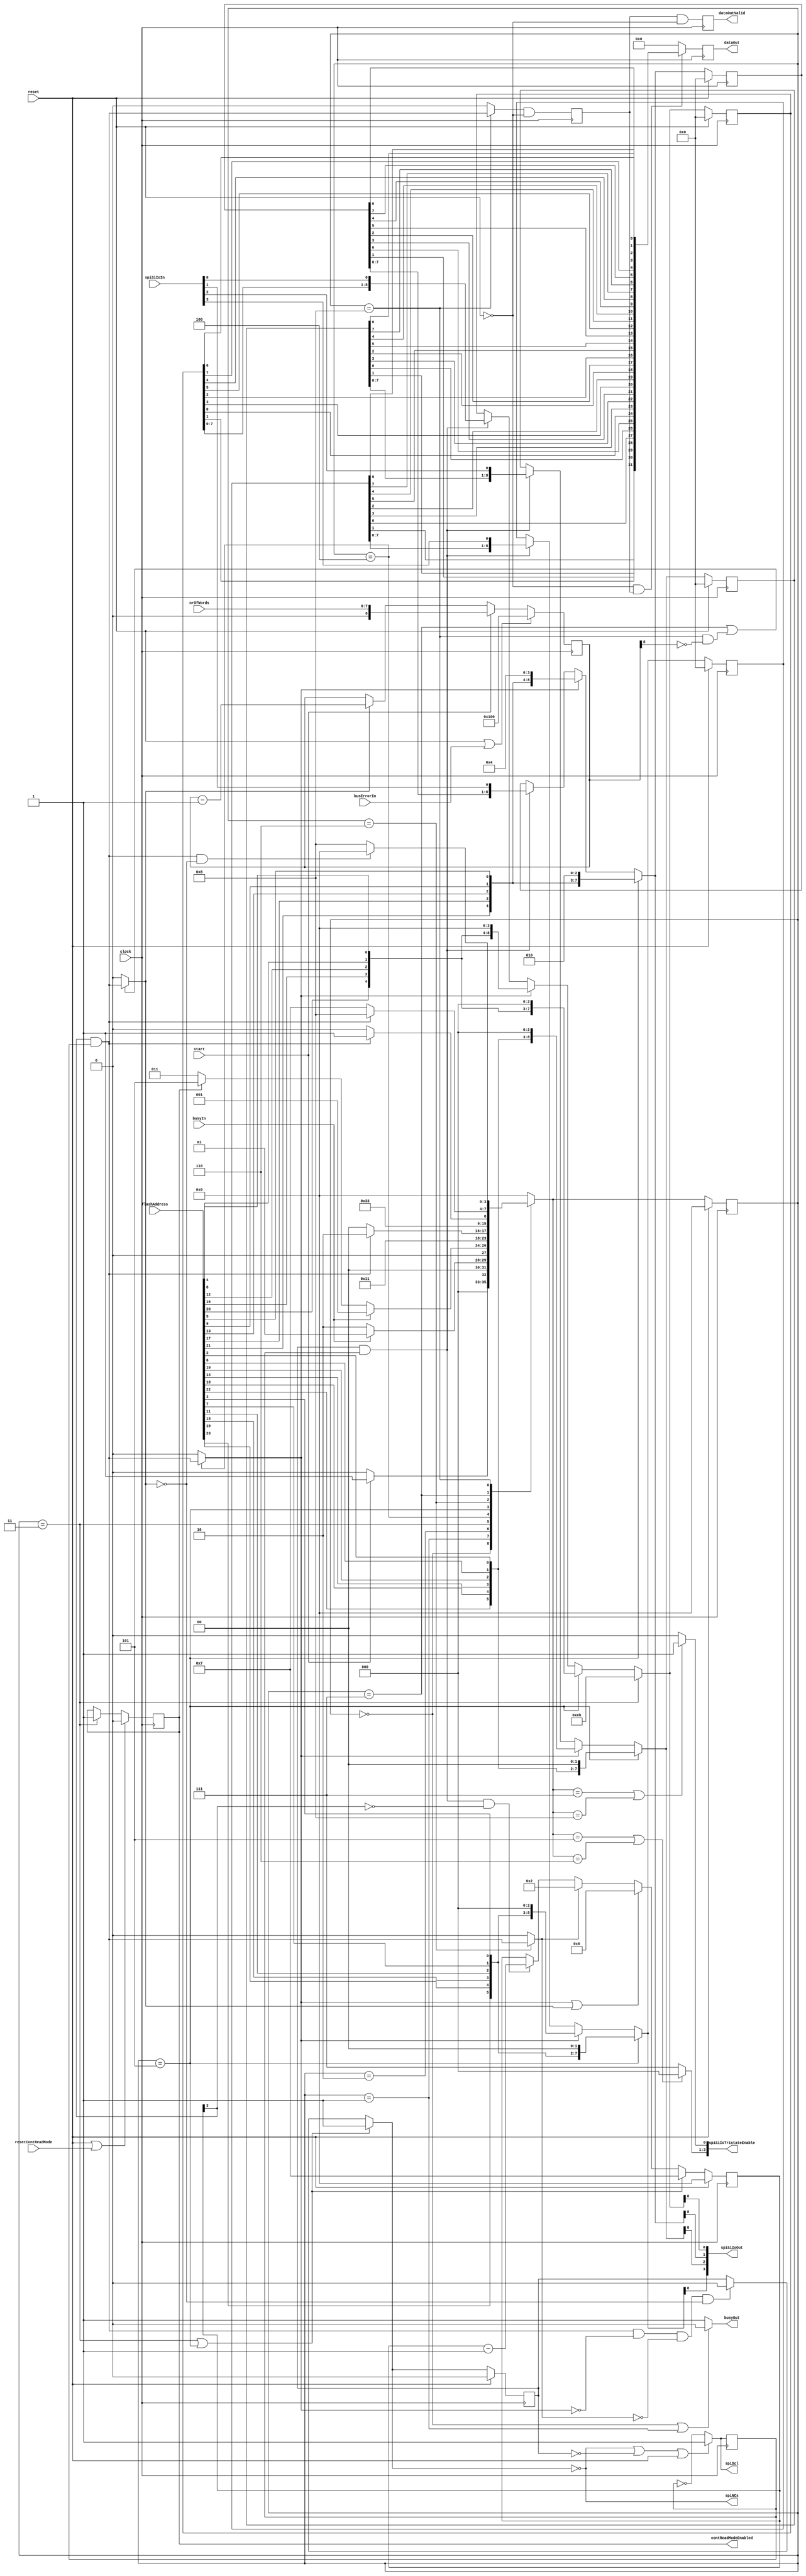
module spiShiftQuad ( input wire         clock,
                                         reset,
                                         resetContReadMode,
                                         start,
                      input wire [23:0]  flashAddress,
                      input wire [7:0]   nrOfWords,
                      output wire        contReadModeEnabled,
                                         dataOutValid,
                      output wire [31:0] dataOut,
                      
                      input wire         busyIn,
                                         busErrorIn,
                      output wire        busyOut,
                      
                      // here the flash-chip interface is defined
                      output wire        spiScl,
                                         spiNCs,
                      input wire [3:0]   spiSiIoIn,
                      output wire [3:0]  spiSiIoOut,
                                         spiSiIoTristateEnable );

  localparam [3:0] IDLE = 4'd0, WAITBUSY = 4'd1, CHECKBUSY = 4'd2, SENDCOMMAND = 4'd3, WAITCOMMAND = 4'd4,
                   INITADDRESS = 4'd5, WAITADDRESS = 4'd6, WAITDUMMY = 4'd7, WAITWORD = 4'd8;
  
  reg [3:0] s_stateReg, s_stateNext;
  
  /*
   *
   * Here the four shift registers are defined (one for each I/O pin)
   *
   */
  reg [8:0] s_shift0Reg, s_shift1Reg, s_shift2Reg, s_shift3Reg;
  reg s_activeReg, s_sclReg;
  wire s_loadAddress;
  wire [8:0] s_shift0Next = (s_stateReg == SENDCOMMAND) ? 9'hEB :
                            (s_stateReg == INITADDRESS) ? {1'b0,flashAddress[20],flashAddress[16],flashAddress[12],flashAddress[8],flashAddress[4],3'd0} :
                            (s_loadAddress == 1'b1) ? {flashAddress[20],flashAddress[16],flashAddress[12],flashAddress[8],flashAddress[4],4'd0} :
                            (s_activeReg == 1'b1 && s_sclReg == 1'b1) ? {s_shift0Reg[7:0], spiSiIoIn[0]} : s_shift0Reg;
  wire [8:0] s_shift1Next = (s_stateReg == INITADDRESS) ? {1'b0,flashAddress[21],flashAddress[17],flashAddress[13],flashAddress[9],flashAddress[5],
                                                           `ifdef GECKO5Education 3'd0 `else 3'd2 `endif} :
                            (s_loadAddress == 1'b1) ? {flashAddress[21],flashAddress[17],flashAddress[13],flashAddress[9],flashAddress[5],
                                                       `ifdef GECKO5Education 4'd0 `else 4'd4 `endif} :
                            (s_activeReg == 1'b1 && s_sclReg == 1'b1) ? {s_shift1Reg[7:0], spiSiIoIn[1]} : s_shift1Reg;
  wire [8:0] s_shift2Next = (s_stateReg == INITADDRESS) ? {1'b0,flashAddress[22],flashAddress[18],flashAddress[14],flashAddress[10],flashAddress[6],flashAddress[2],2'd0} :
                            (s_loadAddress == 1'b1) ? {flashAddress[22],flashAddress[18],flashAddress[14],flashAddress[10],flashAddress[6],flashAddress[2],3'd0} :
                            (s_activeReg == 1'b1 && s_sclReg == 1'b1) ? {s_shift2Reg[7:0], spiSiIoIn[2]} : s_shift2Reg;
  wire [8:0] s_shift3Next = (s_stateReg == INITADDRESS) ? {1'b0,flashAddress[23],flashAddress[19],flashAddress[15],flashAddress[11],flashAddress[7],flashAddress[3],2'd0} :
                            (s_loadAddress == 1'b1) ? {flashAddress[23],flashAddress[19],flashAddress[15],flashAddress[11],flashAddress[7],flashAddress[3],3'd0} :
                            (s_activeReg == 1'b1 && s_sclReg == 1'b1) ? {s_shift3Reg[7:0], spiSiIoIn[3]} : s_shift3Reg;
  
  always @(posedge clock)
    begin
      s_shift0Reg <= (reset == 1'b1) ? 9'd0 : s_shift0Next;
      s_shift1Reg <= (reset == 1'b1) ? 9'd0 : s_shift1Next;
      s_shift2Reg <= (reset == 1'b1) ? 9'd0 : s_shift2Next;
      s_shift3Reg <= (reset == 1'b1) ? 9'd0 : s_shift3Next;
    end
  
  /*
   *
   * Here the word counter is defined
   *
   */
  reg [8:0] s_wordCountReg;
  wire s_nextWord;
  wire [8:0] s_wordCountNext = (start == 1'b1) ? {1'b0, nrOfWords} :
                               (s_nextWord == 1'b1) ? s_wordCountReg - 9'd1 : s_wordCountReg;
  
  always @(posedge clock) s_wordCountReg <= (reset == 1'b1 || busErrorIn == 1'b1) ? 9'b100000000 : s_wordCountNext;
  
  /*
   *
   * Here all control signals are defined
   *
   */
  reg s_contReadModeEnabledReg;
  wire s_shiftDone;
  wire s_initDummy = (s_stateReg == WAITADDRESS) ? s_shiftDone : 1'b0;
  wire s_wordValid = (s_stateReg == WAITWORD) ? s_shiftDone : 1'b0;
  wire s_contReadModeEnabledNext = `ifdef GECKO5Education 
                                     1'b0;
                                   `else
                                     (reset == 1'b1 || resetContReadMode == 1'b1) ? 1'b0 :
                                     (s_stateReg == SENDCOMMAND) ? 1'b1 : s_contReadModeEnabledReg;
                                   `endif
  
  assign s_loadAddress = (s_stateReg == WAITCOMMAND) ? s_shiftDone : 1'b0;
  assign s_nextWord = (s_stateReg == WAITDUMMY || (s_stateReg == WAITWORD && s_wordCountReg[8] == 1'b0)) ? s_shiftDone : 1'b0;
  
  always @(posedge clock) s_contReadModeEnabledReg <= s_contReadModeEnabledNext;
  
  /*
   *
   * Here the clock is defined
   *
   */
  wire s_activeNext = (s_stateReg == SENDCOMMAND || s_stateReg == INITADDRESS) ? 1'b1 :
                      (s_shiftDone == 1'b1 && s_loadAddress == 1'b0 && s_initDummy == 1'b0 && s_nextWord == 1'b0) ? 1'b0 : s_activeReg;
  wire s_sclNext = (s_activeNext == 1'b0 || s_activeReg == 1'b0 || reset == 1'b1) ? 1'b1 : ~s_sclReg;

  always @(posedge clock)
    begin
      s_sclReg    <= s_sclNext;
      s_activeReg <= (reset == 1'b1) ? 1'b0 : s_activeNext;
    end

 /*
  *
  * Here the bit-counting is defined
  *
  */
  reg [3:0] s_bitCountReg;
  wire [3:0] s_bitCountNext = (s_stateReg == SENDCOMMAND || s_stateReg == INITADDRESS) ? 4'd7 :
                              (s_loadAddress == 1'b1 || s_nextWord == 1'd1) ? 4'd6 :
                              (s_initDummy == 1'b1) ? 4'd2:
                              (s_activeReg == 1'b1 && s_sclReg == 1'b1 && s_bitCountReg[3] == 1'b0) ? s_bitCountReg - 4'd1 : s_bitCountReg;
  
  assign s_shiftDone = s_bitCountReg[3] & s_sclReg;
  
  always @(posedge clock) s_bitCountReg <= (reset == 1'b1) ? 4'd0 : s_bitCountNext;

  /*
   *
   * Here the state machine is defined
   *
   */

  always @*
    case (s_stateReg)
      IDLE            : s_stateNext <= (start == 1'b1) ? WAITBUSY : IDLE;
      WAITBUSY        : s_stateNext <= (busyIn == 1'b1) ? WAITBUSY : CHECKBUSY;
      CHECKBUSY       : s_stateNext <= (busyIn == 1'b1) ? WAITBUSY :
                                       `ifdef GECKO5Education SENDCOMMAND; `else (s_contReadModeEnabledReg == 1'b0) ? SENDCOMMAND : INITADDRESS; `endif
      SENDCOMMAND     : s_stateNext <= WAITCOMMAND;
      WAITCOMMAND     : s_stateNext <= (s_shiftDone == 1'b1) ? WAITADDRESS : WAITCOMMAND;
      INITADDRESS     : s_stateNext <= WAITADDRESS;
      WAITADDRESS     : s_stateNext <= (s_shiftDone == 1'b1) ? WAITDUMMY : WAITADDRESS;
      WAITDUMMY       : s_stateNext <= (s_shiftDone == 1'b1) ? WAITWORD : WAITDUMMY;
      WAITWORD        : s_stateNext <= (s_shiftDone == 1'b1 && s_nextWord == 1'b0) ? IDLE : WAITWORD;
      default         : s_stateNext <= IDLE;
    endcase
  
  always @(posedge clock) s_stateReg <= (reset == 1'b1) ? IDLE : s_stateNext;

  /*
   *
   * Here the outputs are defined
   *
   */
  reg s_dataOutValidReg, s_wordValidReg;
  reg [31:0] s_dataOutReg;

  assign dataOutValid = s_dataOutValidReg;
  assign dataOut = s_dataOutReg;
  assign contReadModeEnabled = s_contReadModeEnabledReg;
  assign spiNCs = ~s_activeNext;
  assign spiScl = s_sclNext;
  assign spiSiIoOut[0] = s_shift0Next[8];
  assign spiSiIoOut[1] = s_shift1Next[8];
  assign spiSiIoOut[2] = s_shift2Next[8];
  assign spiSiIoOut[3] = s_shift3Next[8];
  assign spiSiIoTristateEnable[0] = (s_stateNext == WAITDUMMY || s_stateNext == WAITWORD) ? 1'b1 : 1'b0;
  assign spiSiIoTristateEnable[3:1] = (s_stateNext == INITADDRESS || s_stateNext == WAITADDRESS) ? 3'd0 : 3'b111;
  assign busyOut = (s_stateReg == IDLE || s_stateReg == WAITBUSY) ? 1'b0 : 1'b1;

  always @(posedge clock)
    begin
      s_wordValidReg    <= s_wordValid & ~reset;
      s_dataOutValidReg <= s_wordValidReg & ~reset;
      s_dataOutReg      <= (reset == 1'b0 && s_wordValidReg == 1'b1) ? {s_shift3Reg[1], s_shift2Reg[1], s_shift1Reg[1], s_shift0Reg[1],
                                                                        s_shift3Reg[0], s_shift2Reg[0], s_shift1Reg[0], s_shift0Reg[0],
                                                                        s_shift3Reg[3], s_shift2Reg[3], s_shift1Reg[3], s_shift0Reg[3],
                                                                        s_shift3Reg[2], s_shift2Reg[2], s_shift1Reg[2], s_shift0Reg[2],
                                                                        s_shift3Reg[5], s_shift2Reg[5], s_shift1Reg[5], s_shift0Reg[5],
                                                                        s_shift3Reg[4], s_shift2Reg[4], s_shift1Reg[4], s_shift0Reg[4],
                                                                        s_shift3Reg[7], s_shift2Reg[7], s_shift1Reg[7], s_shift0Reg[7],
                                                                        s_shift3Reg[6], s_shift2Reg[6], s_shift1Reg[6], s_shift0Reg[6]} : 32'd0;
    end  
endmodule